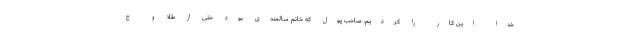
خدا این کار را کردیم. صاحب پول که خانم سالمندی بود حتی از طلا و ج